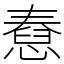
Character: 憃